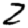
Digit: 2